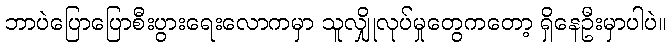
ဘာပဲပြောပြောစီးပွားရေးလောကမှာ သူလျှိုလုပ်မှုတွေကတော့ ရှိနေဦးမှာပါပဲ။